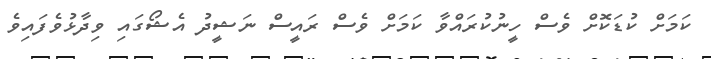
ކަމަށް ކުޑަކޮށް ވެސް ހީނުކުރައްވާ ކަމަށް ވެސް ރައީސް ނަޝީދު އެޝޯގައި ވިދާޅުވެފައިވެ